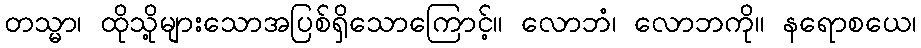
တသ္မာ၊ ထိုသို့များသောအပြစ်ရှိသောကြောင့်။ လောဘံ၊ လောဘကို။ နရောစယေ၊